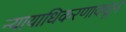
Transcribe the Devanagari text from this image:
न्यायाधिकरणाकडून